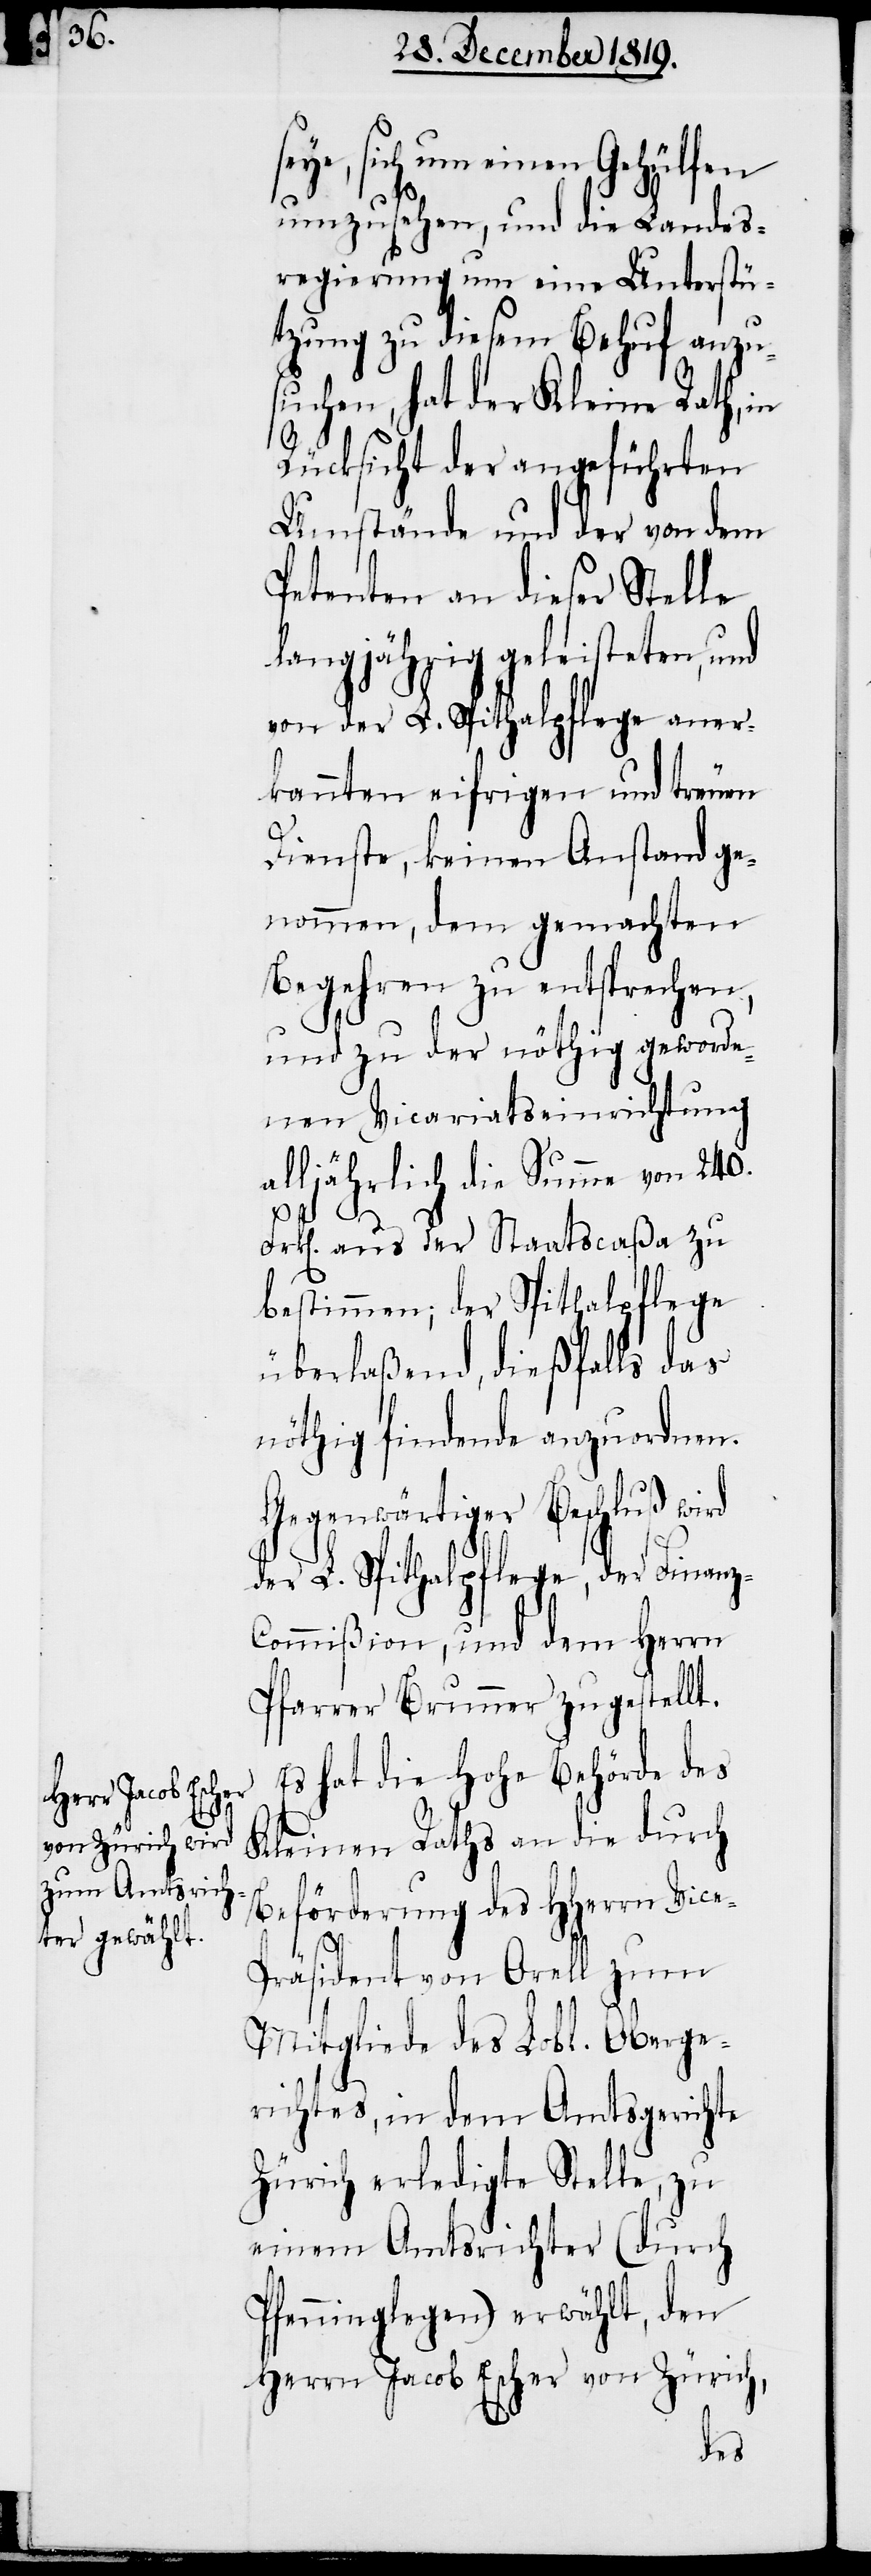
seye, sich um einen Gehülfen
z-C¬
umzusehen, und die Landes¬
regierung um eine Unterstü¬
tzung zu diesem Behuf anzu¬
suchen, hat der Kleine Rath, in
Rücksicht der angeführten
Umstände und der von dem
Petenten an dieser Stelle
langjährig geleisteten, und
von der L. Spithalpflege aner¬
kannten eifrigen und treuen
Dienste, keinen Anstand ge¬
nommen, dem gemachten
Begehren zu entsprechen,
und zu der nöthig geworde¬
nen Vicariatseinrichtung
alljährlich die Summe von 240.
Frk[en]. aus der Staatscaßa zu
bestimmen; der Spithalpflege
überlaßend, dießfalls das
nöthig findende anzuordnen.
Gegenwärtiger Beschluß wird
der L. Spithalpflege, der Finan¬
ommißion, und dem Herrn
Pfarrer Brunner zugestellt.
Es hat die hohe Behörde des
Kleinen Raths an die durch
Beförderung des HHerrn Vic¬
e-Präsident von Orell zum
Mitgliede des Lobl. Oberge¬
richtes, in dem Amtsgerichte
Zürich erledigte Stelle, zu
einem Amtsrichter (durch
Pfenninglegen) erwählt, den
Herrn Jacob Escher von Zürich,